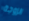
الزوجة